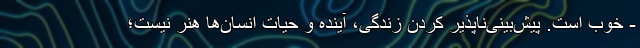
- خوب است. پیش‌بینی‌ناپذیر کردن زندگی، آینده و حیات انسان‌ها هنر نیست؛